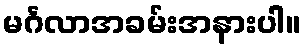
မင်္ဂလာအခမ်းအနားပါ။